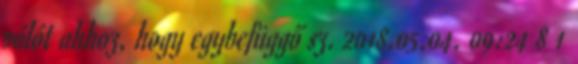
pólót ahhoz, hogy egybefüggő sz. 2018.05.04. 09:24 8 1